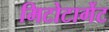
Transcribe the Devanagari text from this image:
मिटोटार्गेट